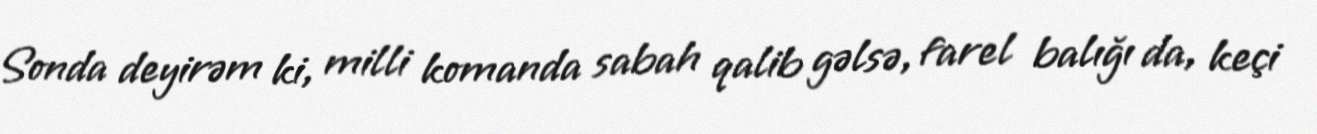
Sonda deyirəm ki, milli komanda sabah qalib gəlsə, farel balığı da, keçi